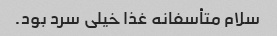
سلام متأسفانه غذا خیلى سرد بود.